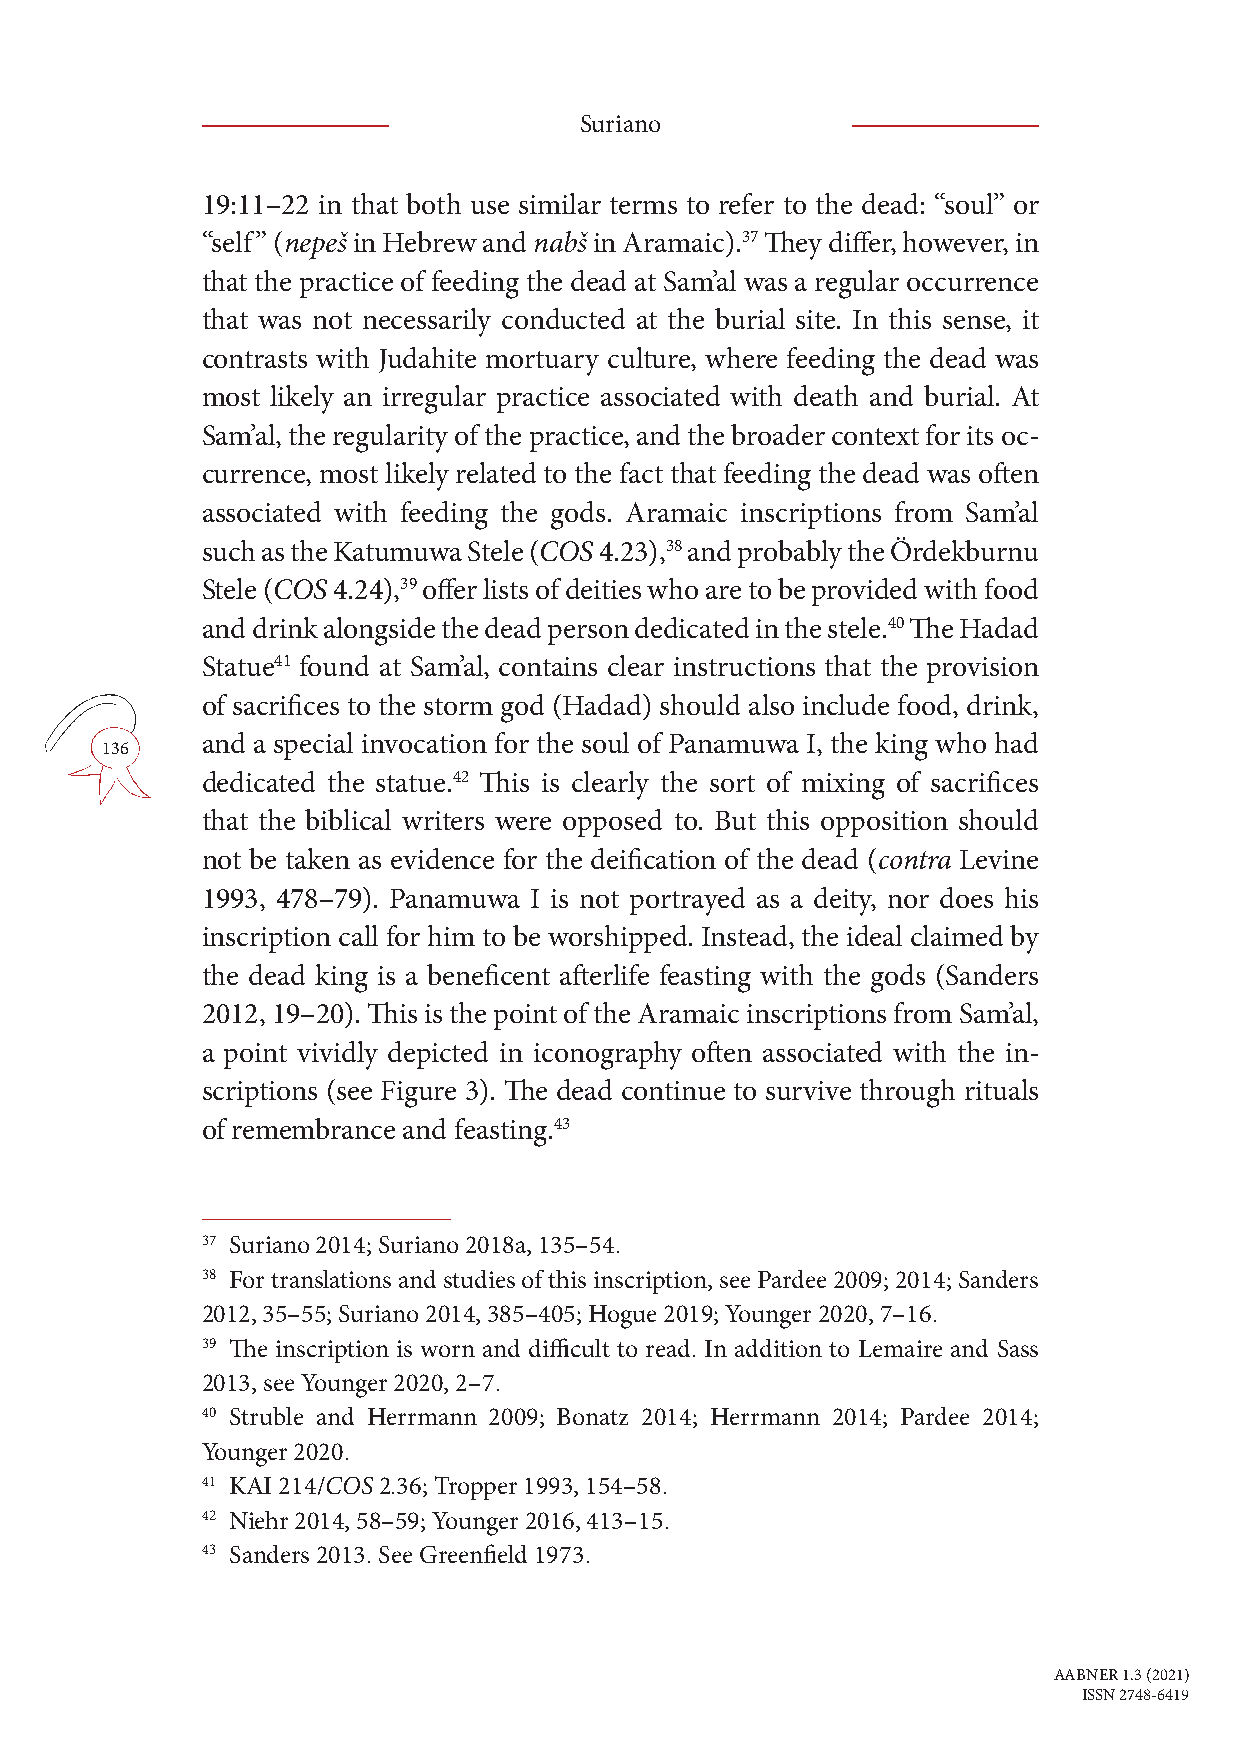
Suriano
 19:11–22 in that both use similar terms to refer to the dead: “soul” or
 “self” (nepeš in Hebrew and nabš in Aramaic).37 They differ, however, in
 that the practice of feeding the dead at Sam’al was a regular occurrence
 that was not necessarily conducted at the burial site. In this sense, it
 contrasts with Judahite mortuary culture, where feeding the dead was
 most likely an irregular practice associated with death and burial. At
 Sam’al, the regularity of the practice, and the broader context for its oc-
 currence, most likely related to the fact that feeding the dead was often
 associated with feeding the gods. Aramaic inscriptions from Sam’al
 such as the Katumuwa Stele (COS 4.23),38 and probably the Ördekburnu
 Stele (COS 4.24),39 offer lists of deities who are to be provided with food
 and drink alongside the dead person dedicated in the stele.40 The Hadad
 Statue41 found at Sam’al, contains clear instructions that the provision
 of sacrifices to the storm god (Hadad) should also include food, drink,
 and a special invocation for the soul of Panamuwa I, the king who had
 136
 dedicated the statue.42 This is clearly the sort of mixing of sacrifices
 that the biblical writers were opposed to. But this opposition should
 not be taken as evidence for the deification of the dead (contra Levine
 1993, 478–79). Panamuwa I is not portrayed as a deity, nor does his
 inscription call for him to be worshipped. Instead, the ideal claimed by
 the dead king is a beneficent afterlife feasting with the gods (Sanders
 2012, 19–20). This is the point of the Aramaic inscriptions from Sam’al,
 a point vividly depicted in iconography often associated with the in-
 scriptions (see Figure 3). The dead continue to survive through rituals
 of remembrance and feasting.43
 37 Suriano 2014; Suriano 2018a, 135–54.
 38 For translations and studies of this inscription, see Pardee 2009; 2014; Sanders
 2012, 35–55; Suriano 2014, 385–405; Hogue 2019; Younger 2020, 7–16.
 39 The inscription is worn and difficult to read. In addition to Lemaire and Sass
 2013, see Younger 2020, 2–7.
 40 Struble and Herrmann 2009; Bonatz 2014; Herrmann 2014; Pardee 2014;
 Younger 2020.
 41 KAI 214/COS 2.36; Tropper 1993, 154–58.
 42 Niehr 2014, 58–59; Younger 2016, 413–15.
 43 Sanders 2013. See Greenfield 1973.
 AABNER 1.3 (2021)
 ISSN 2748-6419